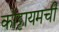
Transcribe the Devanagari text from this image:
कोट्टायमची